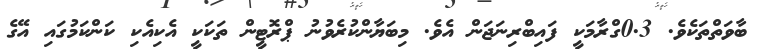
ބާވަތްތަކެވެ. 0.3ގްރާމަކީ ފައިބްރިނަޖަން އެވެ. މިބަޔާންކުރެވުނު ޕްރޮޓީން ތަކަކީ އެކިއެކި ކަންކަމުގައި އޭގެ